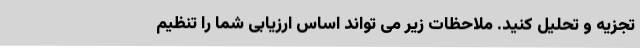
تجزیه و تحلیل کنید. ملاحظات زیر می تواند اساس ارزیابی شما را تنظیم